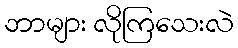
ဘာများ လိုကြသေးလဲ